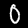
Label: 0